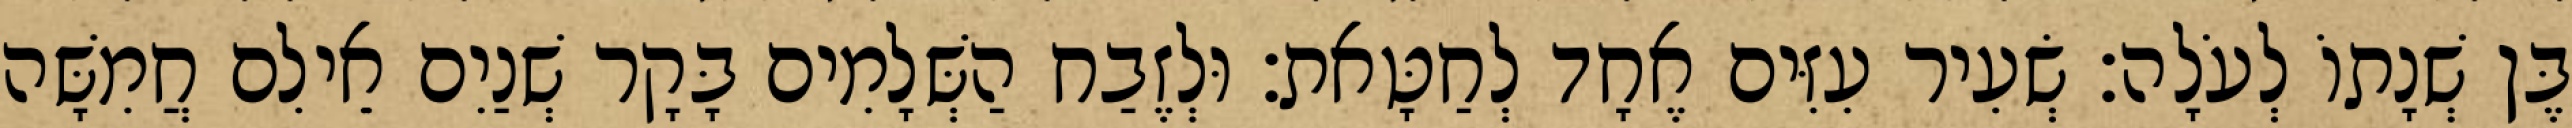
בֶּן שְׁנָתוֹ לְעֹלָה׃ שְׂעִיר עִזִּים אֶחָד לְחַטָּאת׃ וּלְזֶבַח הַשְּׁלָמִים בָּקָר שְׁנַיִם אֵילִם חֲמִשָּׁה